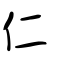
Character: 仁